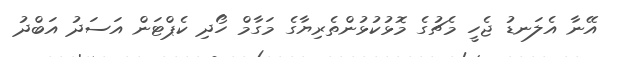
އޭނާ އެލަނޑު ޖެހީ މެޗުގެ މޮޅުކުޅުންތެރިޔާގެ މަގާމް ހޯދި ކެޕްޓަން އަސަދު އަބްދު